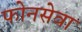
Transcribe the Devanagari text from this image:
फोनसेवा